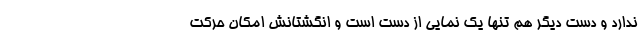
ندارد و دست دیگر هم تنها یک نمایی از دست است و انگشتانش امکان حرکت